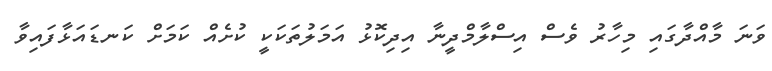
ވަނަ މާއްދާގައި މިހާރު ވެސް އިސްލާމްދީނާ އިދިކޮޅު އަމަލުތަކަކީ ކުށެއް ކަމަށް ކަނޑައަޅާފައިވާ